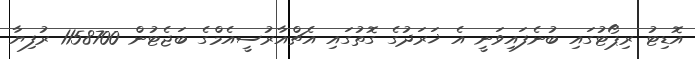
އޮޑިޓު ރިޕޯޓުގައި ބުނެފައިވަނީ އެ ޚަރަދުގެ ގޮތުގައި އެޗްއާރުސީއެމްގެ ބަޖެޓުން 1158700 ރުފިޔާ